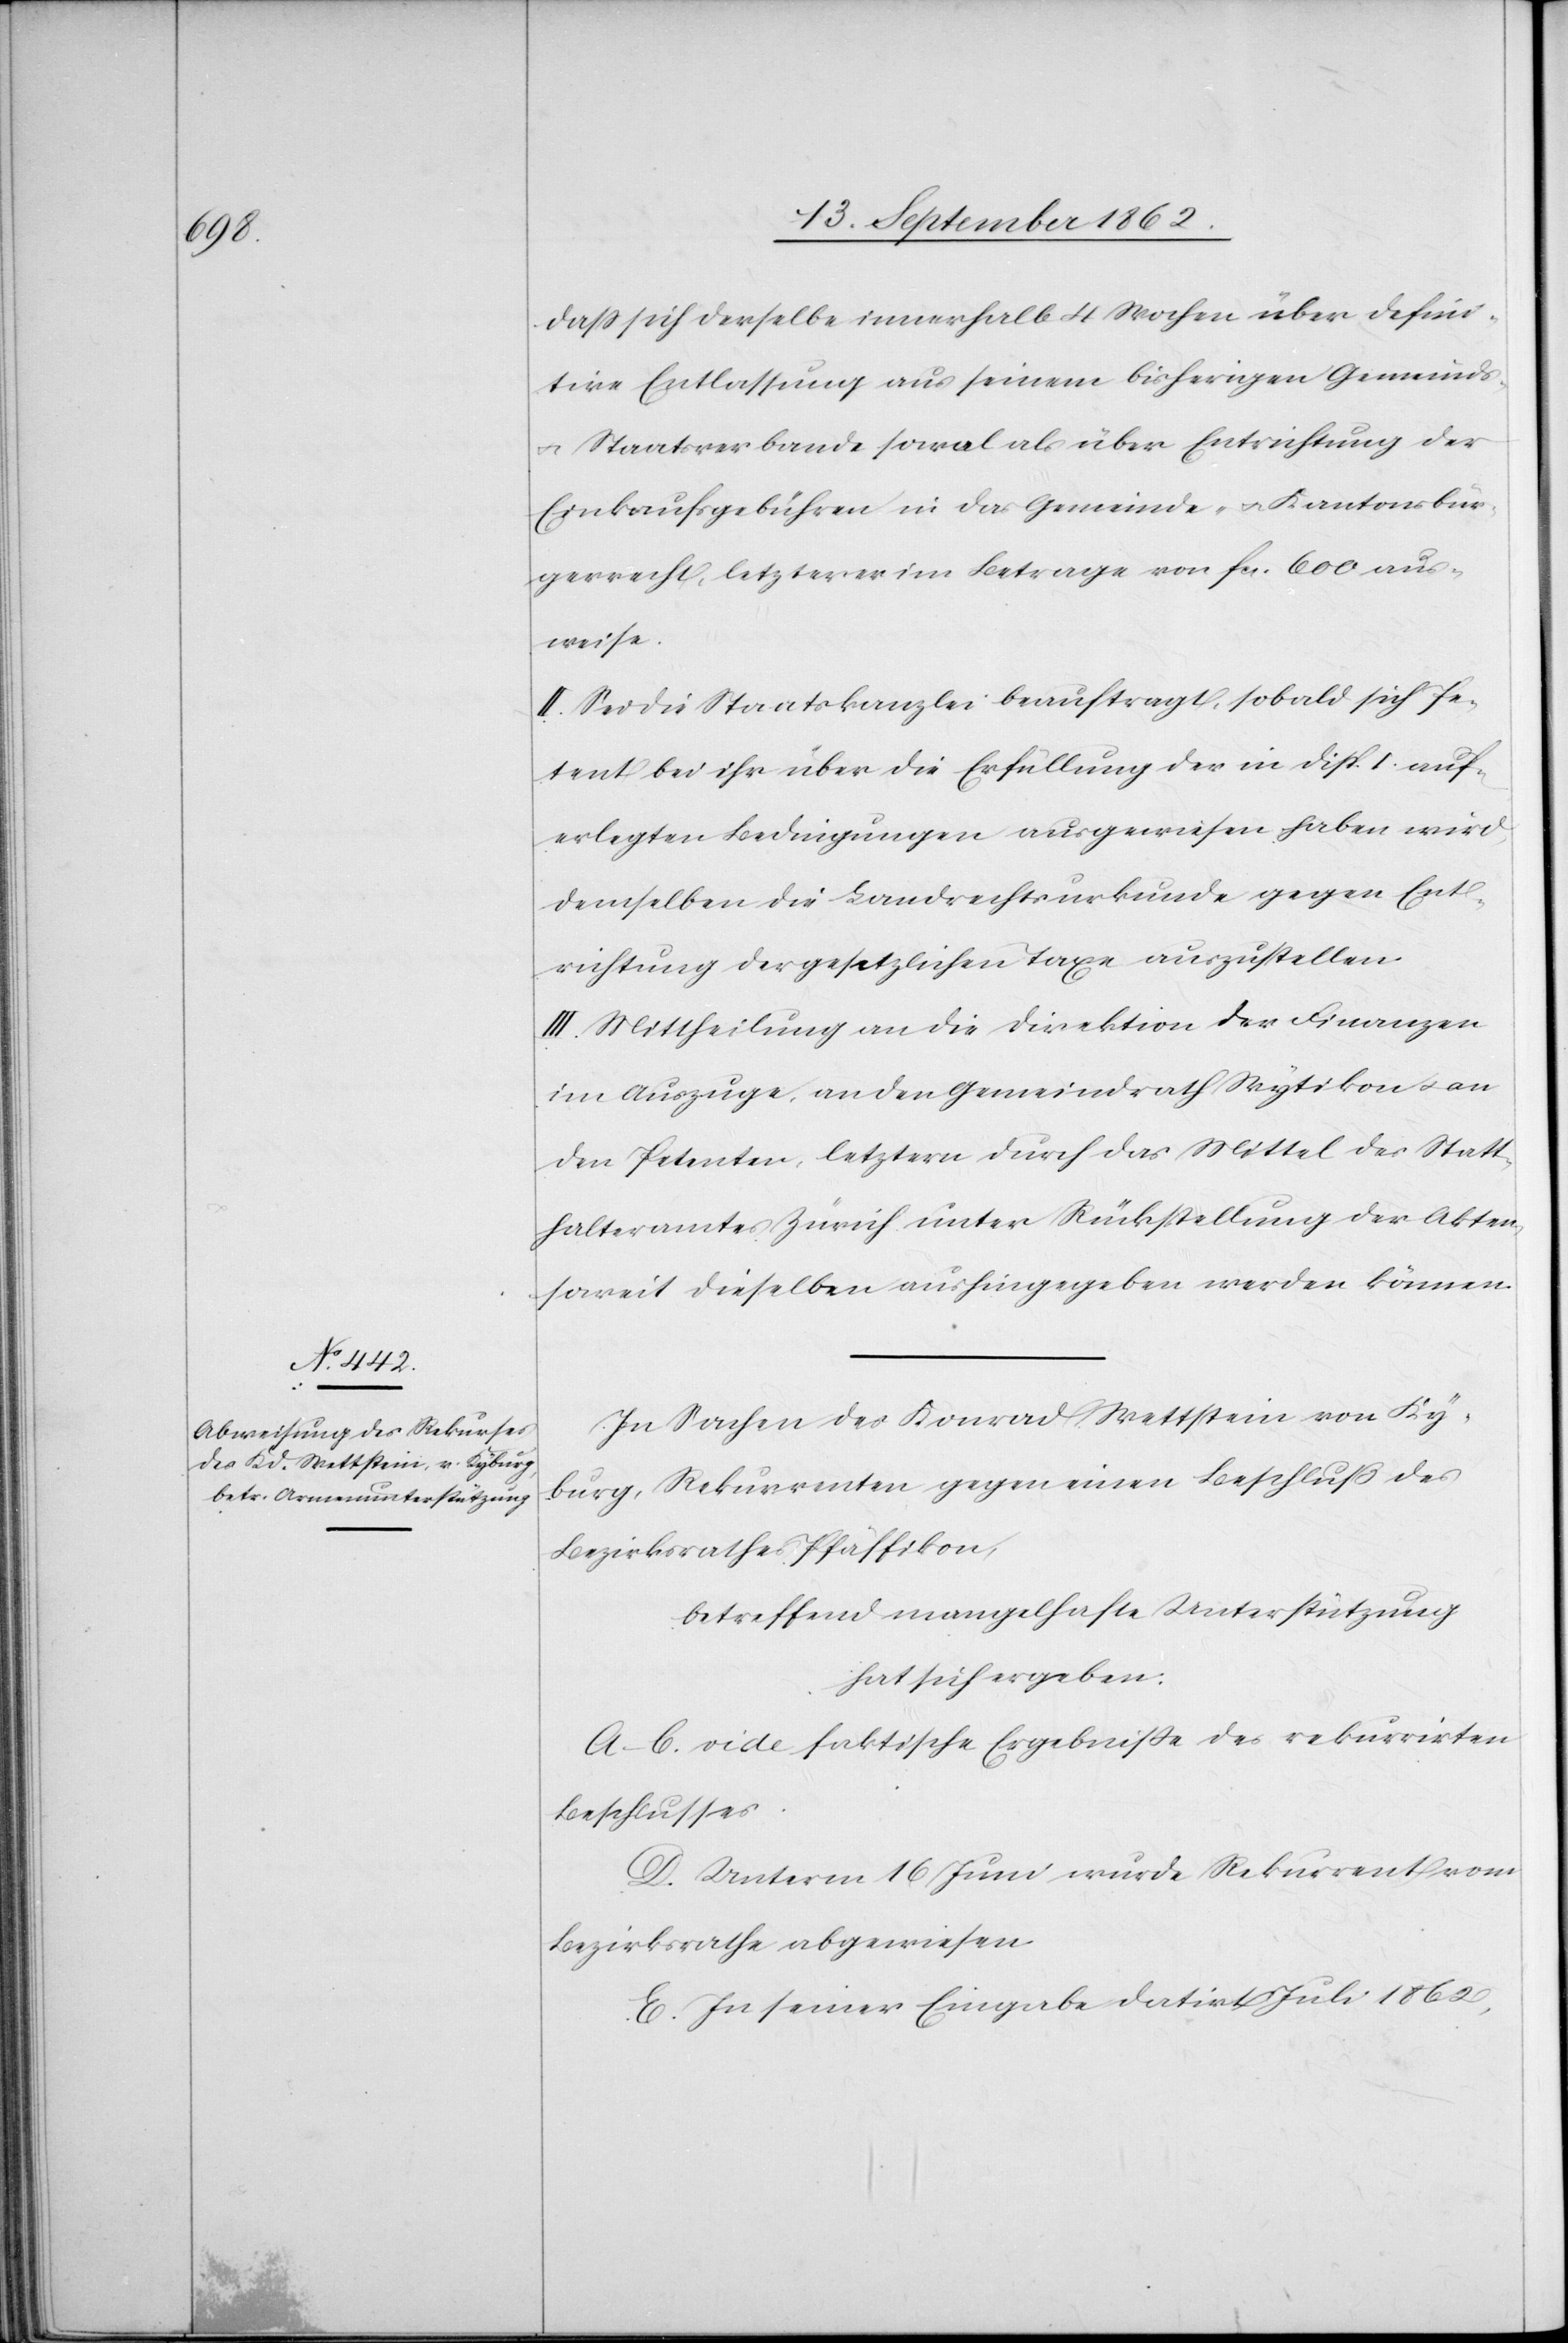
daß sich derselbe innerhalb 4 Wochen über defini¬
tive Entlassung aus seinem bisherigen Gemeinds-
u. Staatsverbande sowol als über Entrichtung der
Einkaufsgebühren in das Gemeinde- u. Kantonsbür¬
gerrecht, letzterer im Betrage von fcs. 600 aus¬
weise.
II. Sei die Staatskanzlei beauftragt, sobald sich Pe¬
tent bei ihr über die Erfüllung der in Disp. I. auf¬
erlegten Bedingungen ausgewiesen haben wird,
demselben die Landrechtsurkunde gegen Ent¬
richtung der gesetzlichen Taxe auszustellen.
III. Mittheilung an die Direktion der Finanzen
im Auszuge, an den Gemeindrath Wytikon u. an
den Petenten, letztern durch das Mittel des Statt¬
halteramtes Zürich unter Rückstellung der Akten,
soweit dieselben aushingegeben werden können.
In Sachen des Konrad Wettstein von Ky¬
burg, Rekurrenten gegen einen Beschluß des
Bezirksrathes Pfäffikon,
betreffend mangelhafte Unterstützung
hat sich ergeben:
A–C. vide faktische Ergebniße des rekurrirten
Beschlusses.
D. Unterm 16. Juni wurde Rekurrent vom
Bezirksrathe abgewiesen.
E. In seiner Eingabe datirt Juli 1862,